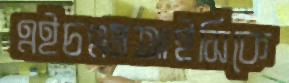
এইচএমআইসিকে